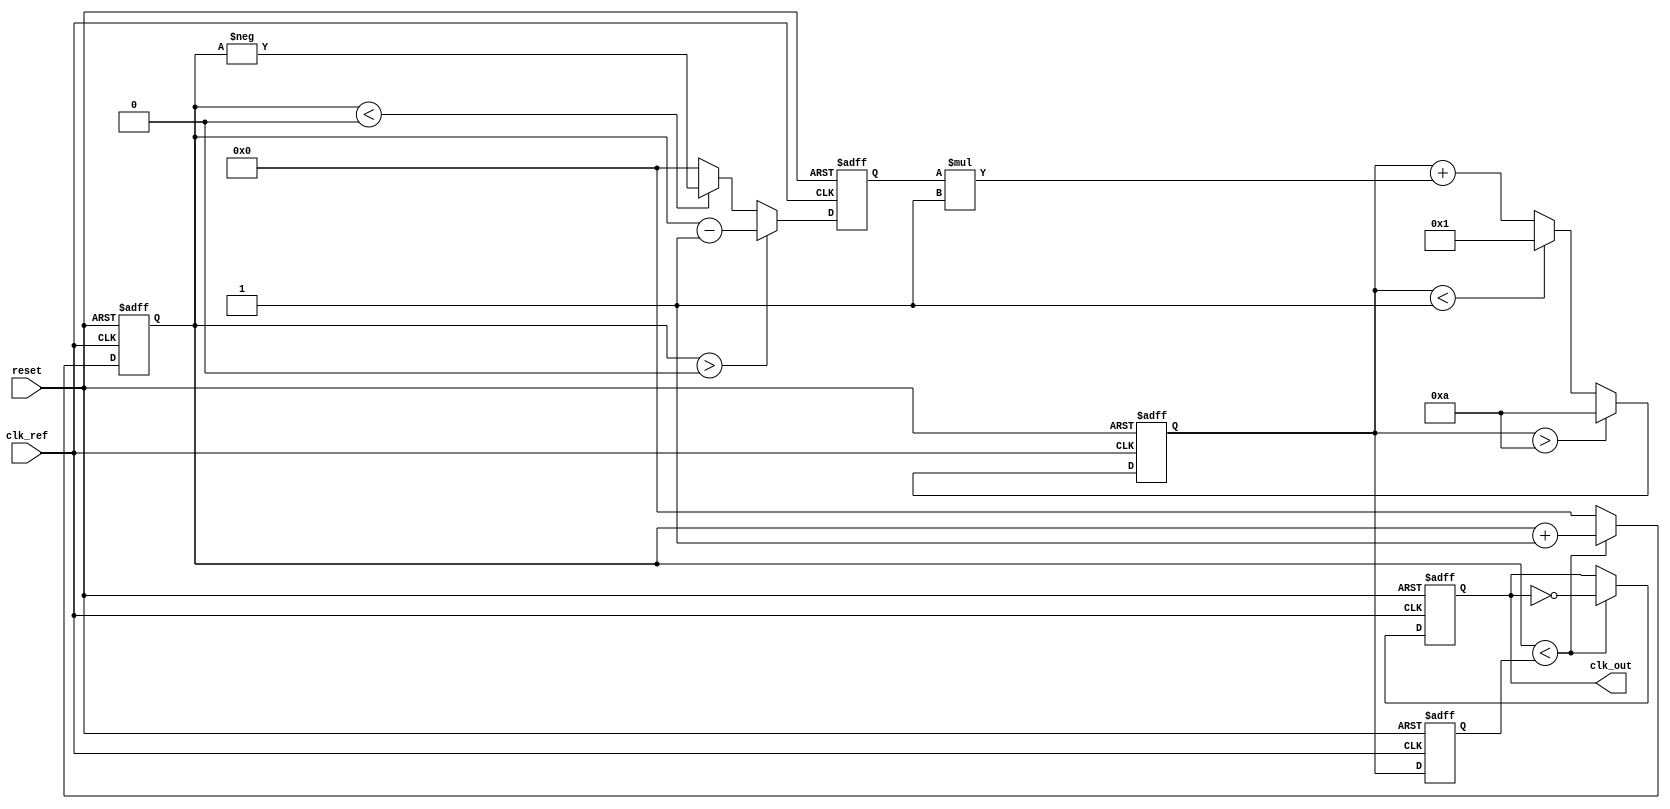
module pll(
    input wire clk_ref,          // Reference clock input
    input wire reset,            // Reset signal
    output reg clk_out           // Output clock
);

    // Parameters for the PLL
    parameter integer LOCK_TIME = 10; // Lock time in clock cycles
    parameter integer VCO_MAX_FREQ = 10; // Maximum frequency for VCO
    parameter integer VCO_MIN_FREQ = 1;  // Minimum frequency for VCO
    parameter integer FILTER_GAIN = 1;    // Gain for the loop filter

    // Internal signals
    reg [3:0] phase_error;         // Phase error signal
    reg [3:0] control_voltage;      // Control voltage for VCO
    reg [3:0] vco_frequency;        // VCO frequency
    reg [3:0] feedback_counter;     // Feedback counter for VCO

    // Phase Detector (PD)
    always @(posedge clk_ref or posedge reset) begin
        if (reset) begin
            phase_error <= 0;
        end else begin
            // Simple phase detector logic
            if (feedback_counter > 0) begin
                phase_error <= feedback_counter - 1; // Feedback is leading
            end else if (feedback_counter < 0) begin
                phase_error <= -feedback_counter; // Feedback is lagging
            end else begin
                phase_error <= 0; // In phase
            end
        end
    end

    // Loop Filter (LF)
    always @(posedge clk_ref or posedge reset) begin
        if (reset) begin
            control_voltage <= 0;
        end else begin
            // Simple loop filter with gain
            control_voltage <= control_voltage + (phase_error * FILTER_GAIN);
            // Clamp control voltage to VCO limits
            if (control_voltage > VCO_MAX_FREQ) begin
                control_voltage <= VCO_MAX_FREQ;
            end else if (control_voltage < VCO_MIN_FREQ) begin
                control_voltage <= VCO_MIN_FREQ;
            end
        end
    end

    // Voltage-Controlled Oscillator (VCO)
    always @(posedge clk_ref or posedge reset) begin
        if (reset) begin
            vco_frequency <= VCO_MIN_FREQ;
            clk_out <= 0;
            feedback_counter <= 0;
        end else begin
            // Adjust VCO frequency based on control voltage
            vco_frequency <= control_voltage;

            // Generate output clock signal based on VCO frequency
            if (feedback_counter < vco_frequency) begin
                clk_out <= ~clk_out; // Toggle output clock
                feedback_counter <= feedback_counter + 1;
            end else begin
                feedback_counter <= 0; // Reset counter
            end
        end
    end

endmodule